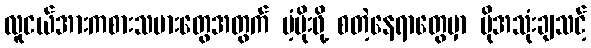
လူငယ်အားကစားသမားတွေအတွက် ပံ့ပိုးဖို့ စတဲ့နေရာတွေမှာ ပိုအသုံးချသင့်